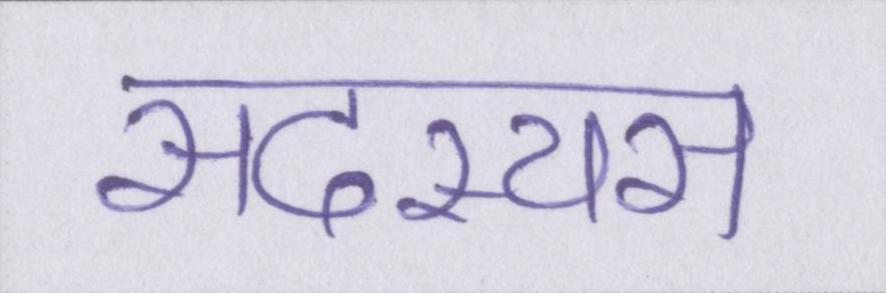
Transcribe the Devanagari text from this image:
सदस्यस